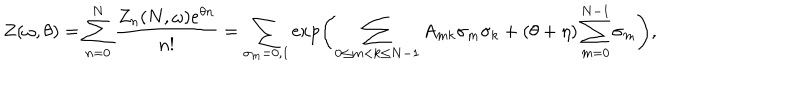
Z ( \omega , \theta ) = \sum _ { n = 0 } ^ { N } \frac { Z _ { n } ( N , \omega ) e ^ { \theta n } } { n ! } = \sum _ { \sigma _ { m } = 0 , 1 } \exp \left( \sum _ { 0 \le m < k \le N - 1 } A _ { m k } \sigma _ { m } \sigma _ { k } + ( \theta + \eta ) \sum _ { m = 0 } ^ { N - 1 } \sigma _ { m } \right) ,